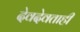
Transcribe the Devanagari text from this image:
देवदेवताही